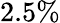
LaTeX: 2.5\%